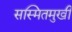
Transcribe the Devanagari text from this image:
सस्मितमुखी